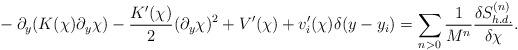
LaTeX: \begin{align*}~- \partial_y (K(\chi) \partial_y \chi) - \frac{K'(\chi)}{2} (\partial_y \chi)^2 + V'(\chi) + v_i'(\chi) \delta(y - y_i) = \sum_{n>0} \frac{1}{M^n} \frac{\delta S^{(n)}_{h.d.}}{\delta \chi}.\end{align*}